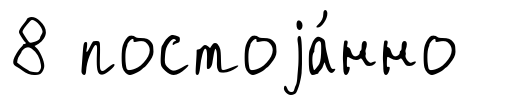
8 постоjа́нно